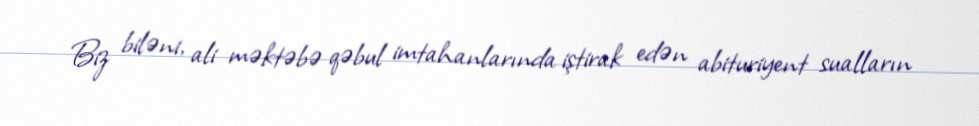
Biz biləni, ali məktəbə qəbul imtahanlarında iştirak edən abituriyent sualların